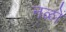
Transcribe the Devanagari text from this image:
नळों